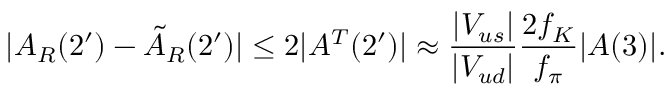
| A _ { R } ( 2 ^ { \prime } ) - \tilde { A } _ { R } ( 2 ^ { \prime } ) | \leq 2 | A ^ { T } ( 2 ^ { \prime } ) | \approx \frac { | V _ { u s } | } { | V _ { u d } | } \frac { 2 f _ { K } } { f _ { \pi } } | A ( 3 ) | .